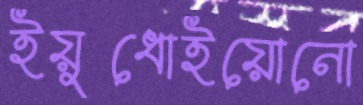
ইয়ুধোইয়োনো